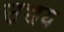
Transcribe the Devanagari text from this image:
उच्चय